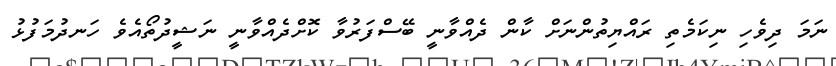
ނަމަ ދިވެހި ނިކަމެތި ރައްޔިތުންނަށް ކާން ދެއްވާނީ ބޭސްފަރުވާ ކޮށްދެއްވާނީ ނަޝީދުތޯއެވެ ހަނދުމަފުޅު